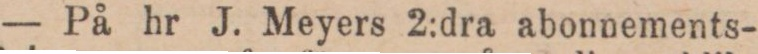
— På hr J. Meyers 2:dra abonnements-